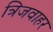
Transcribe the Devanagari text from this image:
त्रिजवाहर